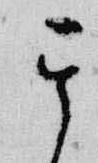
其